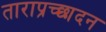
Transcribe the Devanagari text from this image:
ताराप्रच्छादन